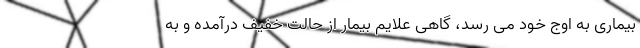
بیماری به اوج خود می رسد، گاهی علایم بیمار از حالت خفیف درآمده و به